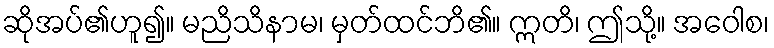
ဆိုအပ်၏ဟူ၍။ မညိသိနာမ၊ မှတ်ထင်ဘိ၏။ ဣတိ၊ ဤသို့။ အဝေါစ၊